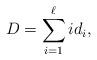
LaTeX: \begin{align*}D=\sum_{i=1}^\ell i d_i,\end{align*}